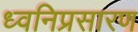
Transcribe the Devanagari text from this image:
ध्वनिप्रसारण